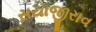
સયાજીરાવ